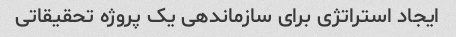
ایجاد استراتژی برای سازماندهی یک پروژه تحقیقاتی